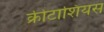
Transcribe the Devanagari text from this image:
क्रीटाशियस